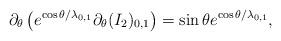
LaTeX: \begin{align*}\partial_{\theta}\left(e^{\cos\theta /\lambda_{0,1}}\partial_{\theta}(I_{2})_{0,1}\right) = \sin\theta e^{\cos\theta /\lambda_{0,1}},\end{align*}